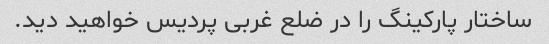
ساختار پارکینگ را در ضلع غربی پردیس خواهید دید.